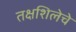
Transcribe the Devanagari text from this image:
तक्षशिलेचे